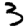
Digit: 3